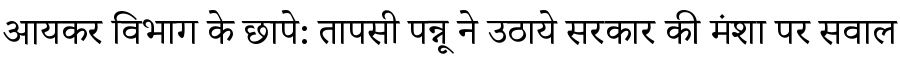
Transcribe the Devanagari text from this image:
आयकर विभाग के छापे: तापसी पन्नू ने उठाये सरकार की मंशा पर सवाल